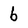
Character: b